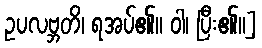
ဥပလဗ္ဘတိ၊ ရအပ်၏။ ဝါ၊ ပြီး၏။]